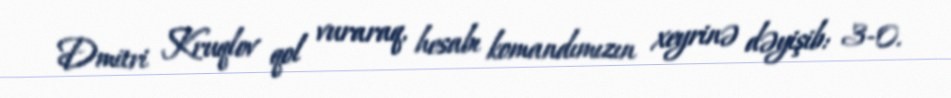
Dmitri Kruqlov qol vuraraq, hesabı komandımızın xeyrinə dəyişib: 3-0.